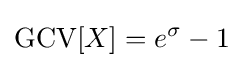
\operatorname {GCV} [X]=e^{\sigma }-1